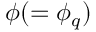
\phi ( = \phi _ { q } )